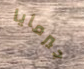
جيرمايا